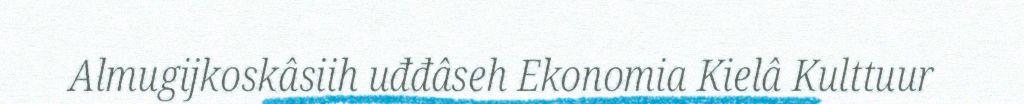
Almugijkoskâsiih uđđâseh Ekonomia Kielâ Kulttuur